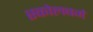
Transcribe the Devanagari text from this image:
स्कोलबर्ग